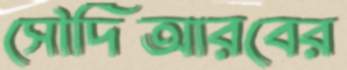
সৌদিআরবের